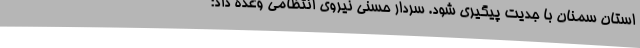
استان سمنان با جدیت پیگیری شود. سردار حسنی نیروی انتظامی وعده داد: